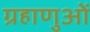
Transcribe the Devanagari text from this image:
ग्रहाणुओं